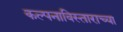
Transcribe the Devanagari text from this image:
कल्पनाविस्ताराच्या